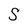
Character: S